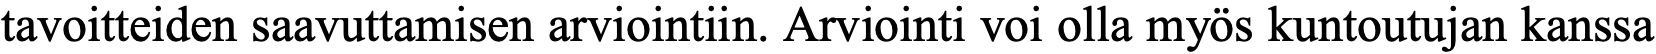
tavoitteiden saavuttamisen arviointiin. Arviointi voi olla myös kuntoutujan kanssa